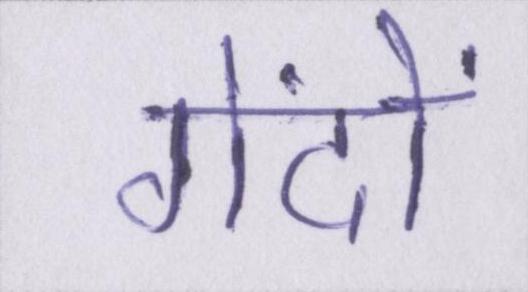
गेंदों